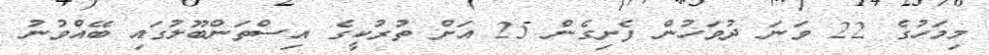
މިމަހުގެ 22 ވަނަ ދުވަހުން ފެށިގެން 25 އަށް ތުރުކީގެ އިސްތަންބޫލުގައި ބޭއްވުނު